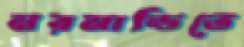
নরমান্ডিতে